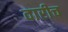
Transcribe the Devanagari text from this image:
वारीच